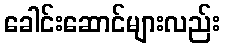
ခေါင်းဆောင်များလည်း